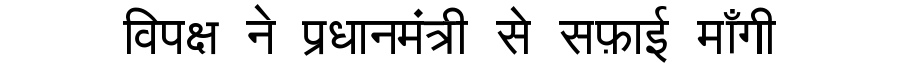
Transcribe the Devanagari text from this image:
विपक्ष ने प्रधानमंत्री से सफ़ाई माँगी